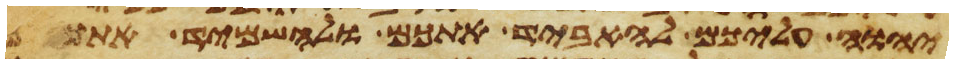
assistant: יהוה עליכם להאביד אתכם ולהשמיד אתכם